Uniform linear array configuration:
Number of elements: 24
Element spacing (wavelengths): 0.25
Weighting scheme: hamming
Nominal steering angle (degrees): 60
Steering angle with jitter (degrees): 58.179
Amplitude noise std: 0.05
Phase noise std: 0.05

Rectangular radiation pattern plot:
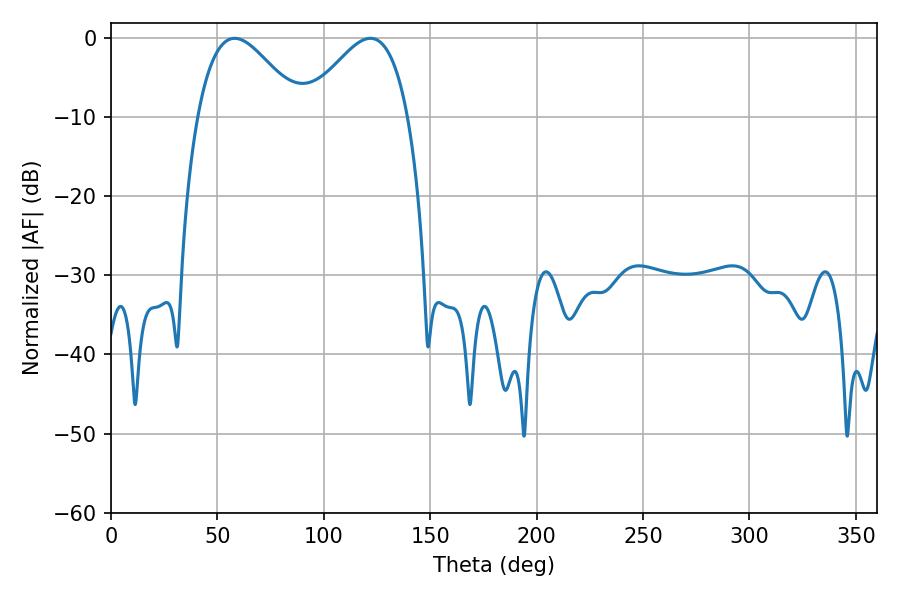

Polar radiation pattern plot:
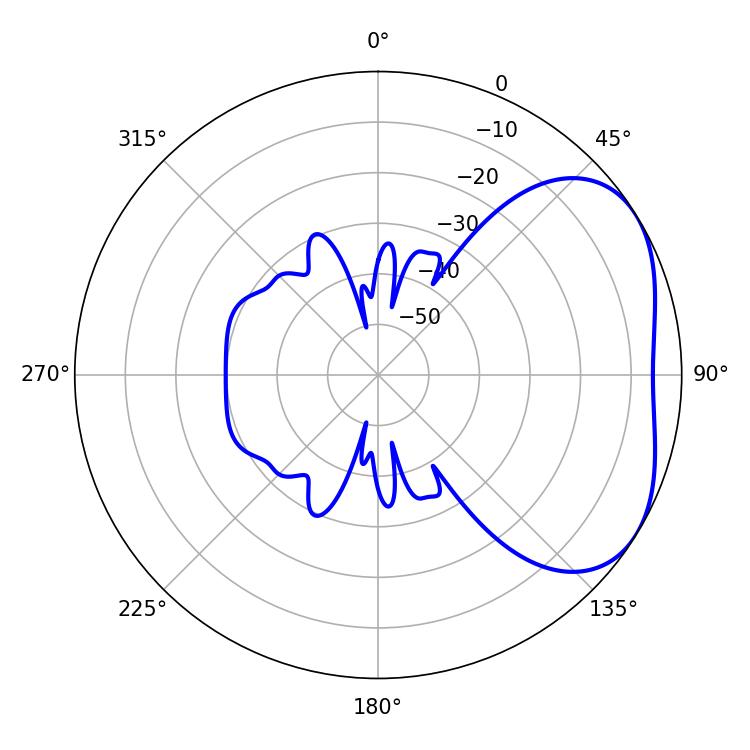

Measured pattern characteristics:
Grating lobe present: FALSE
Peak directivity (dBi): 3.609
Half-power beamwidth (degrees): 25.92
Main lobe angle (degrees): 58.14